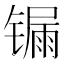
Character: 𨱐